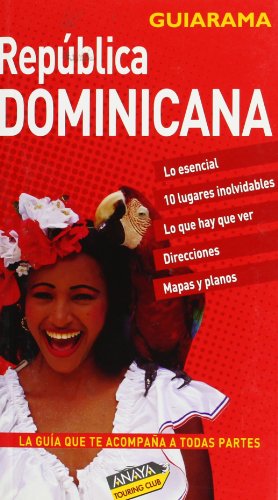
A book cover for Republica Dominicana/ Dominican Republic (Touring Club) (Spanish Edition); Lee Karen Stow; Travel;